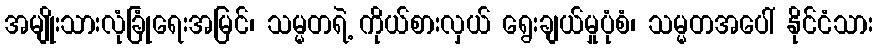
အမျိုးသားလုံခြုံရေးအမြင်၊ သမ္မတရဲ့ ကိုယ်စားလှယ် ရွေးချယ်မှုပုံစံ၊ သမ္မတအပေါ် နိုင်ငံသား